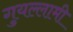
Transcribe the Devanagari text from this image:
गुयल्लामी